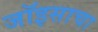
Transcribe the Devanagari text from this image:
जॉइसाचा